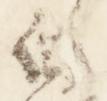
白